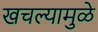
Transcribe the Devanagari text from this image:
खचल्यामुळे